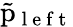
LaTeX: \tilde{\mathrm{p}}_{\mathrm{~l~e~f~t~}}